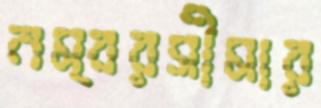
নম্বরসীমার